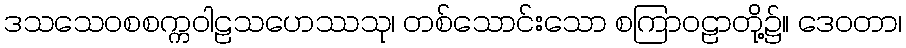
ဒသသေဝစစက္ကဝါဠသဟေဿသု၊ တစ်သောင်းသော စကြာဝဠာတို့၌။ ဒေဝတာ၊